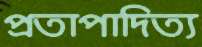
প্রতাপাদিত্য